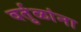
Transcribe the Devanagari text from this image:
वर्तुळांना